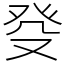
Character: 癹